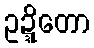
ဥဍ္ဍိတော